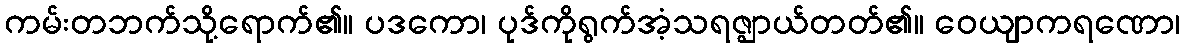
ကမ်းတဘက်သို့ရောက်၏။ ပဒကော၊ ပုဒ်ကိုရွက်အံ့သရဇ္ဈာယ်တတ်၏။ ဝေယျာကရဏော၊